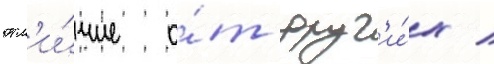
отл'и́чие о́т друг'и́х /